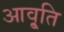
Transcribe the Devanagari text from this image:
आवृ्ति